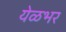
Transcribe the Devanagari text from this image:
येळभर